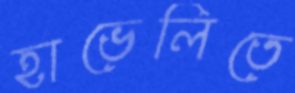
হাভেলিতে